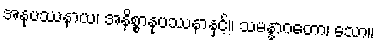
အနုပဿနာယ၊ အနိစ္စာနုပဿနာနှင့်။ သမန္နာဂတော၊ သော။